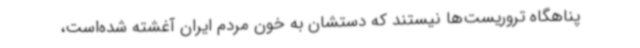
پناهگاه تروریست‌ها نیستند که دستشان به خون مردم ایران آغشته شده‌است،